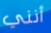
أنني